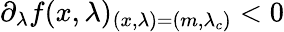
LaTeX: \partial_{\lambda}f(x,\lambda)_{(x,\lambda)=(m,\lambda_{c})}<0